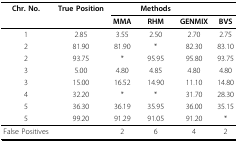
<table><thead><tr><td><b>Chr. No.</b></td><td><b>True Position</b></td><td></td><td><b>Methods</b></td><td></td><td></td></tr><tr><td></td><td></td><td><b>MMA</b></td><td><b>RHM</b></td><td><b>GENMIX</b></td><td><b>BVS</b></td></tr></thead><tbody><tr><td>1</td><td>2.85</td><td>3.55</td><td>2.50</td><td>2.70</td><td>2.75</td></tr><tr><td>2</td><td>81.90</td><td>81.90</td><td>*</td><td>82.30</td><td>83.10</td></tr><tr><td>2</td><td>93.75</td><td>*</td><td>95.95</td><td>95.80</td><td>93.75</td></tr><tr><td>3</td><td>5.00</td><td>4.80</td><td>4.85</td><td>4.80</td><td>4.80</td></tr><tr><td>3</td><td>15.00</td><td>16.52</td><td>14.90</td><td>11.10</td><td>14.80</td></tr><tr><td>4</td><td>32.20</td><td>*</td><td>*</td><td>31.70</td><td>28.30</td></tr><tr><td>5</td><td>36.30</td><td>36.19</td><td>35.95</td><td>36.00</td><td>35.15</td></tr><tr><td>5</td><td>99.20</td><td>91.29</td><td>91.05</td><td>91.20</td><td>*</td></tr><tr><td>False Positives</td><td></td><td>2</td><td>6</td><td>4</td><td>2</td></tr></tbody></table>